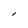
Character: l